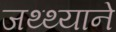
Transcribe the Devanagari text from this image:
जथ्थ्याने